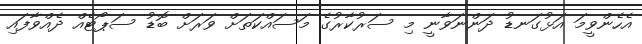
އެހެންވީމަ އަޅުގަނޑު ދަންނަވާނީ މި ސަރުކާރުގެ މަސައްކަތަށް ވަރަށް ބޮޑު ސަޕޯޓެއް ދެއްވާފައި